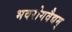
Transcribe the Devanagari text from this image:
भवरोगवैद्यम्